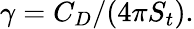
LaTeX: \gamma={C_{D}}/(4\pi{S_{t}}).